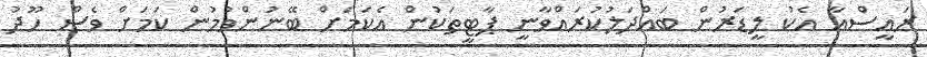
ރައީސްއާ އެކު ލީޑަރުން ބައްދަލުކުރައްވާނީ ޕާޓީތަކުން އެކަމަށް ބޭނުންވުމުން ކަމަށް ވެސް ހޫދު